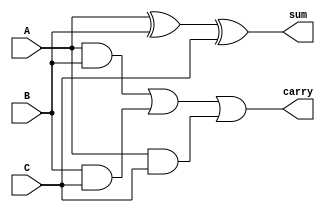
module CarrySaveAdder(
    input [7:0] A,
    input [7:0] B,
    input [7:0] C,
    output [7:0] sum,
    output [7:0] carry
);
    // Carry Save Adder logic
    assign sum = A ^ B ^ C;  // Sum is A XOR B XOR C
    assign carry = (A & B) | (B & C) | (A & C);  // Carry is (A AND B) OR (B AND C) OR (A AND C)
endmodule